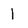
Character: 1